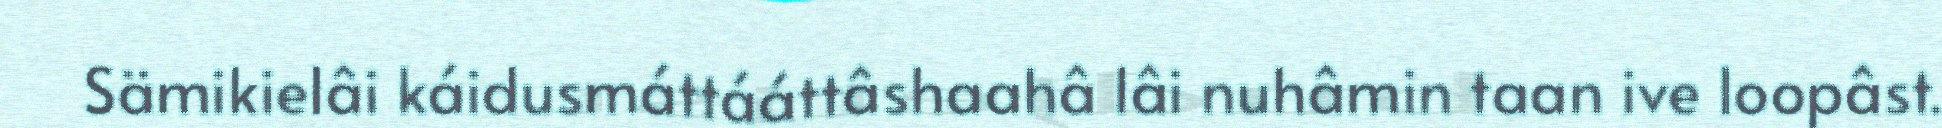
Sämikielâi káidusmáttááttâshaahâ lâi nuhâmin taan ive loopâst.